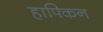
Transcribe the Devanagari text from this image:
हाफ्किन